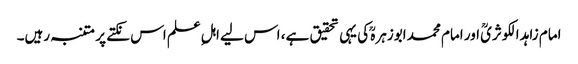
امام زاہد الکوثریؒ اور امام محمد ابوزہرہؒ کی یہی تحقیق ہے، اس لیے اہلِ علم اس نکتے پر متنبہ رہیں۔